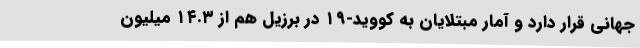
جهانی قرار دارد و آمار مبتلایان به کووید-۱۹ در برزیل هم از ۱۴.۳ میلیون